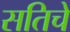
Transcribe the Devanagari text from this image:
सतिचे